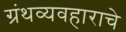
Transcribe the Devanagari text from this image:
ग्रंथव्यवहाराचे